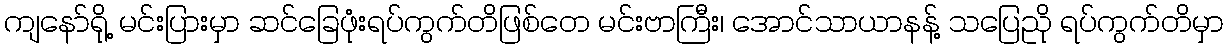
ကျနော်ရို့ မင်းပြားမှာ ဆင်ခြေဖုံးရပ်ကွက်တိဖြစ်တေ မင်းဗာကြီး၊ အောင်သာယာနန့် သပြေညို ရပ်ကွက်တိမှာ